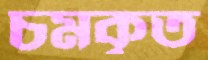
চমকৃত